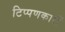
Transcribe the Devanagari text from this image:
टिप्पणकारों